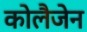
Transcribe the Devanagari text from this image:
कोलैजेन